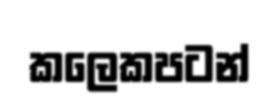
කලෙකපටන්